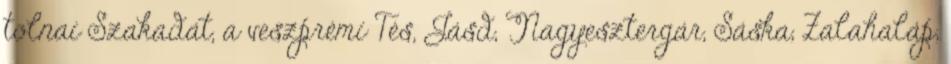
tolnai Szakadát, a veszprémi Tés, Jásd, Nagyesztergár, Sáska, Zalahaláp,